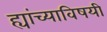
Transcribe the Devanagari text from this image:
ह्यांच्याविषयी